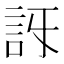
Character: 𧥯